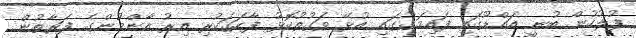
ފުލުހުން ބުނީ އައްޑޫގައި ފައިމަގުގައި އުޅޭ ވަގުތުކޮޅު ފާހަގަކުރި އިރު އާންމުންގެ ފަރާތުން